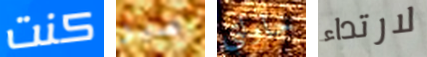
كنت سير حاولتي لارتداء